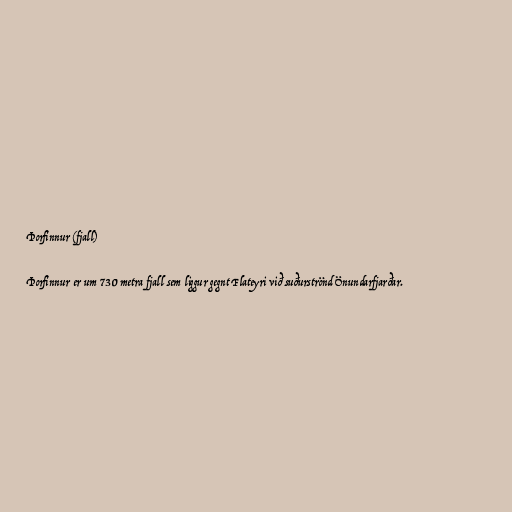
Þorfinnur (fjall)

Þorfinnur er um 730 metra fjall sem liggur gegnt Flateyri við suðurströnd Önundarfjarðar.